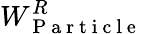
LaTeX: W_{\mathrm{~P~a~r~t~i~c~l~e~}}^{R}